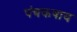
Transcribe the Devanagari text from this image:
पंचकषाय